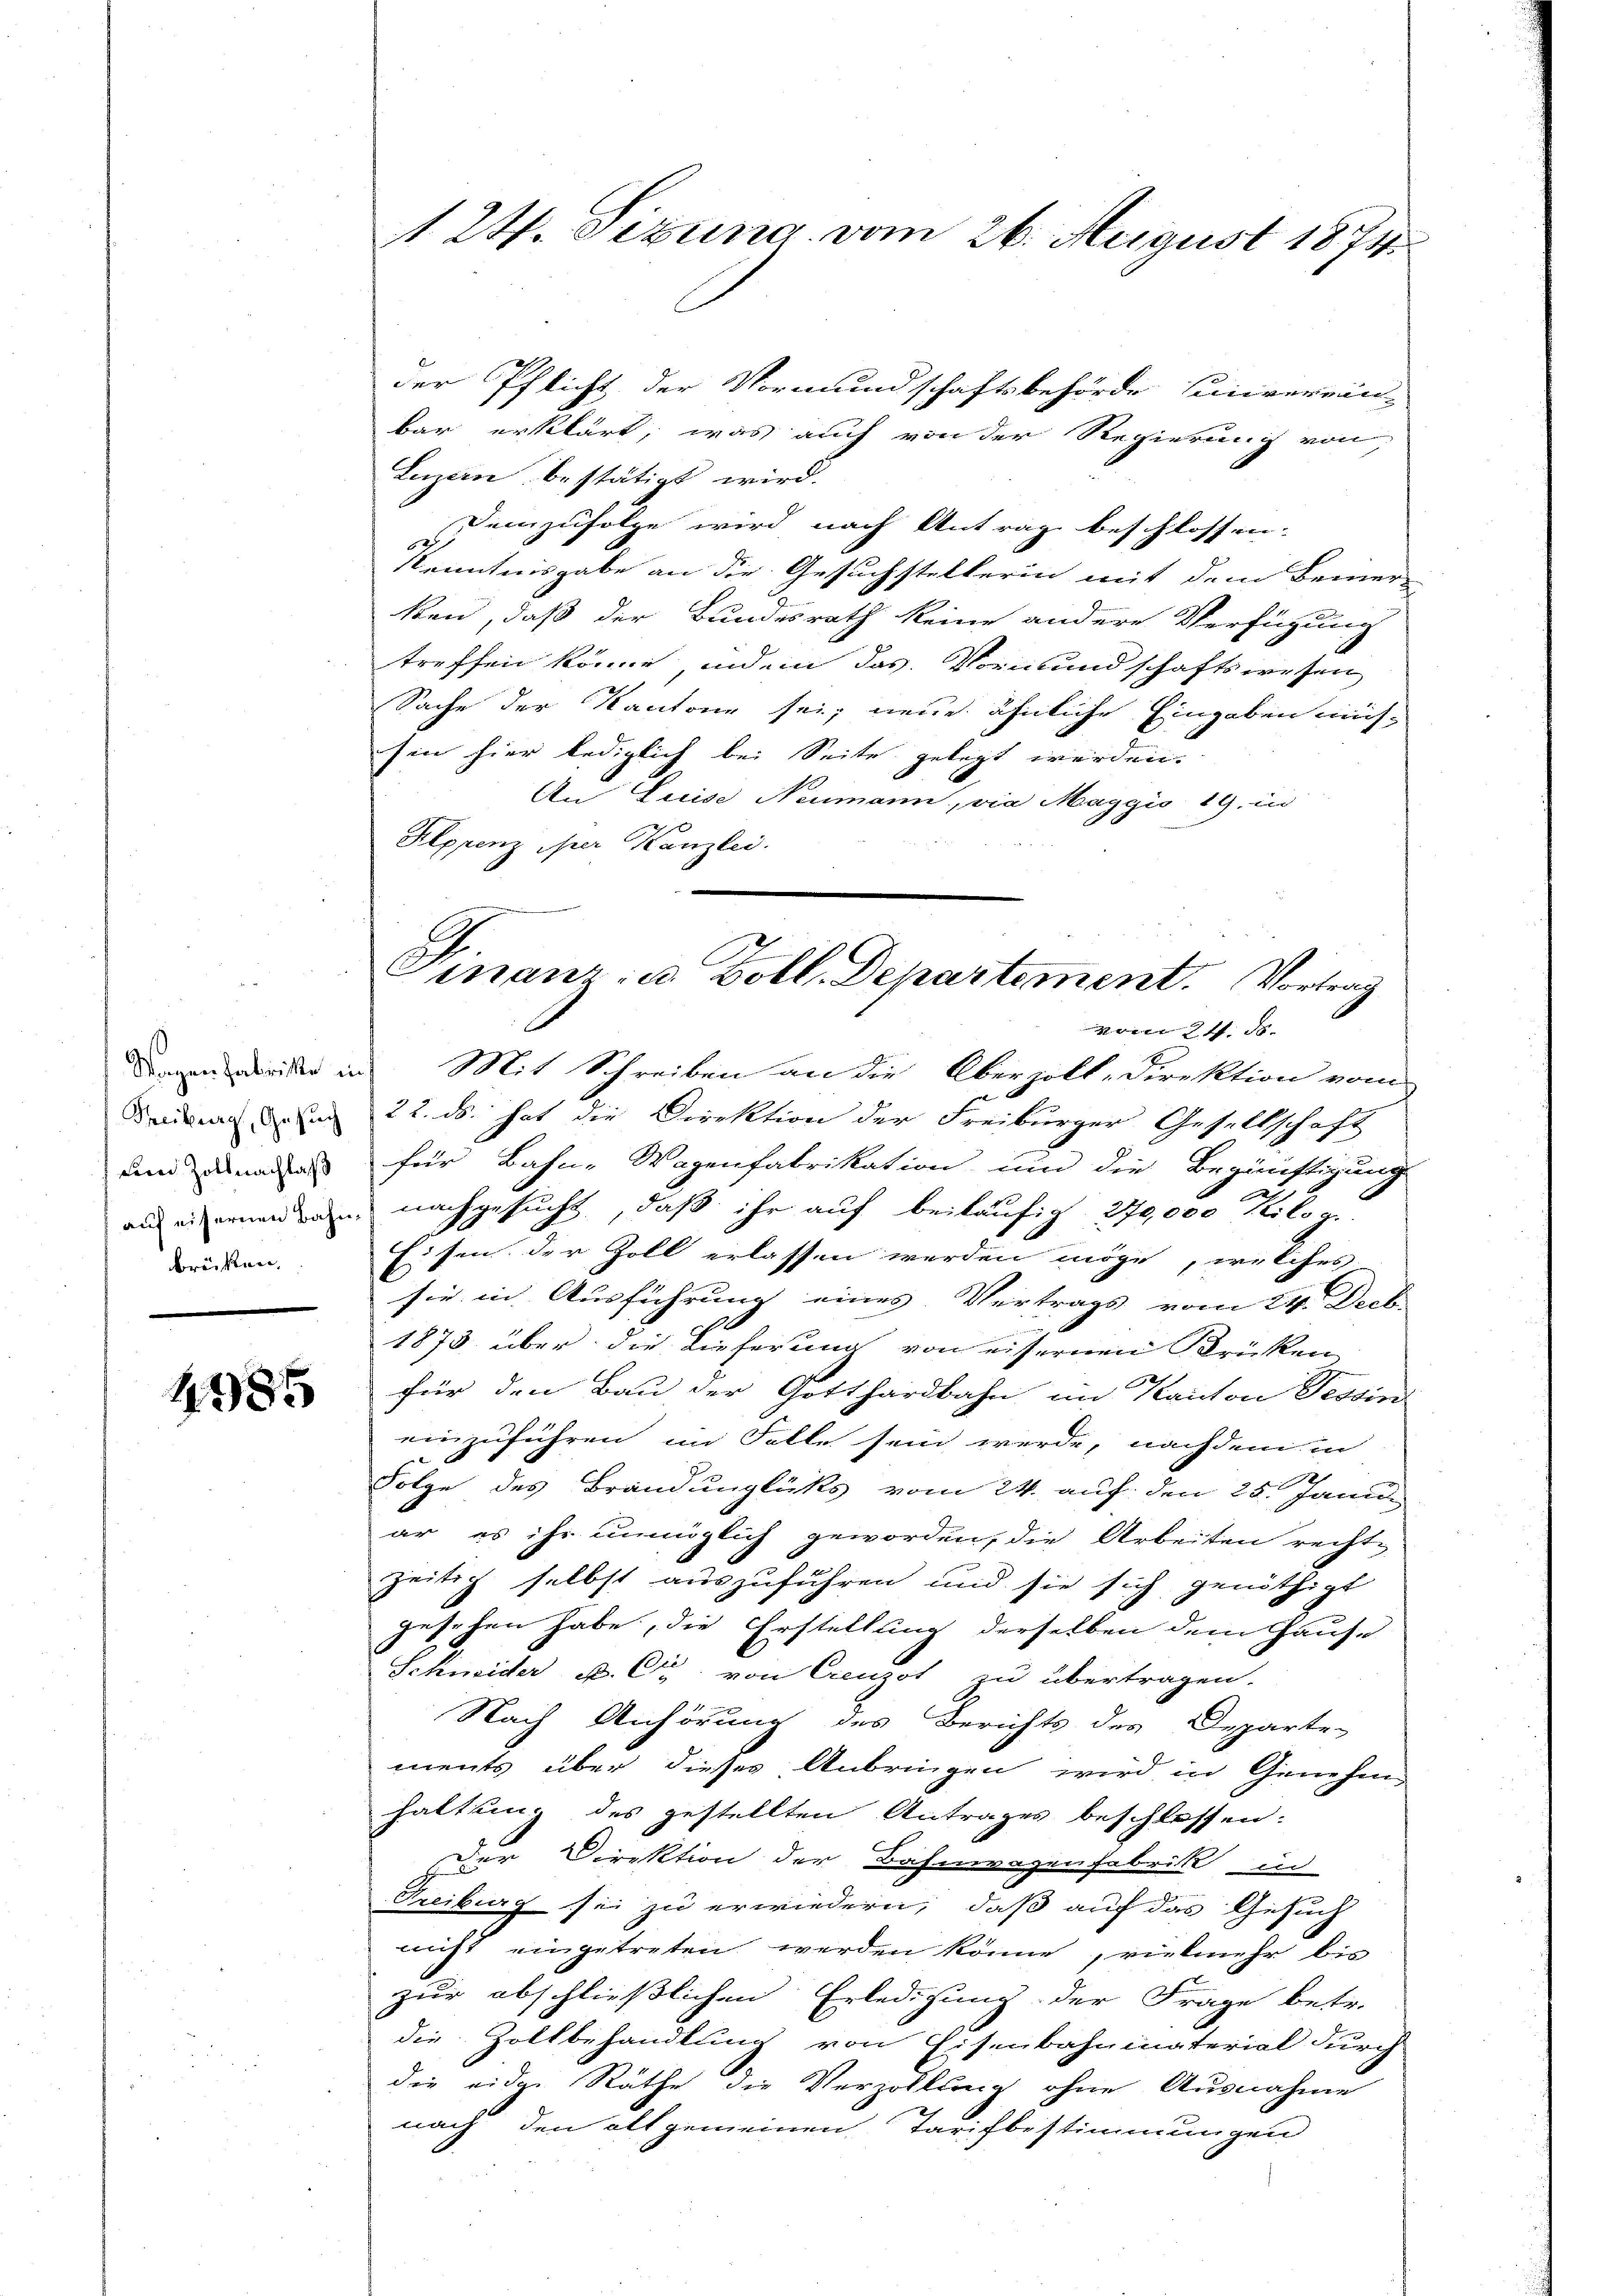
Wagen Fabrike in
Treiburg, Gesuch
Lin Zoll nachlaß
auf eisernen Bahnbröcken.

4985

1 24. Sitzung vom 26. August 1874.

der Pflicht der Vormundschaftsbehörde Einverein-
bar erklärt, was auch von der Regierung von
Luzern bestätigt wird.
Demzufolge wird nach Antrag beschlossen.
Kenntnisgabe an die Gesuchstellerin mit dem Bemer-
ken, daß der Bundesrath keine andere Verfügung
treffen könne, indem das Vormundschaftswesen
Sache der Kantone sei; neue ähnliche Eingaben mich-
sin hier lediglich bei Seite gelegt werden.
An Luise Neumann, via Maggio 19. in
Peppenz per Kanzlei.
Mit Schreiben an die Oberzoll-Direktion vom
22. ds. hat die Direktion der Freiburger Gesellschaft
für Bahn- Wagenfabrikation und die Begünstigung
nachgesucht, daß ihr auf beiläufig, 270,000 Kilog.
Eisen der Zoll erlassen werden möge, welches
sie in Ausführung eines Vertrags vom 24. Decb
1873 über die Lieferung von eisernen Brücken
für den Bau der Gotthardbahn im Kanton Tessin
einzuführen im Falle sein werde, nachdem in
Folge des Brandunglücks vom 24. auf den 25. Janu
ar es ihr unmöglich geworden, die Arbeiten rechte
zeitig selbst auszuführen und sie sich genöthigt
gesehen habe, die Erstellung derselben dem Hause
Schneider u. Ctr. von Creuzot zu übertragen.
Nach Anhörung des Berichts des Departe-
ments über dieses Anbringen wird in Genehm
haltung des gestellten Antrages beschlossen:
der Direktion der Bahnwegenfabrik in
Freiburg sei zu erwiedern, daß auf das Gesuch
nicht eingetreten werden könne, vielmehr bis
zur abschließlichen Erledigung der Frage betr.
die Zollbehandlung von Eisenbahninaterial durch-
die eidge Räthe die Verzöllung ohne Ausnahme
nach den alt gemeinen Tarifbestimmungen

Finanz- u. Boll. Departement. Vortrag
vom 24. d.